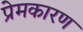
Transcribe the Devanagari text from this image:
प्रेमकारण